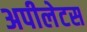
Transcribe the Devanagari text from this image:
अपीलेटस